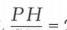
\(PH=\)